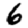
Digit: 6